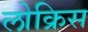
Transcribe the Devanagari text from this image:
लोक्रिस